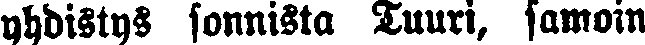
yhdistys sonnista Tuuri, samoin